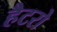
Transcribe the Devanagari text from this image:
हैटरो